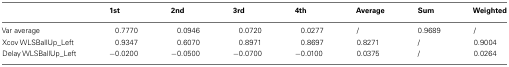
<table><thead><tr><td></td><td><b>1st</b></td><td><b>2nd</b></td><td><b>3rd</b></td><td><b>4th</b></td><td><b>Average</b></td><td><b>Sum</b></td><td><b>Weighted</b></td></tr></thead><tbody><tr><td>Var average</td><td>0.7770</td><td>0.0946</td><td>0.0720</td><td>0.0277</td><td>/</td><td>0.9689</td><td>/</td></tr><tr><td>Xcov WLSBallUp_Left</td><td>0.9347</td><td>0.6070</td><td>0.8971</td><td>0.8697</td><td>0.8271</td><td>/</td><td>0.9004</td></tr><tr><td>Delay WLSBallUp_Left</td><td>−0.0200</td><td>−0.0500</td><td>−0.0700</td><td>−0.0100</td><td>0.0375</td><td>/</td><td>0.0264</td></tr></tbody></table>